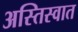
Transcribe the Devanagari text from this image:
अस्तिस्वात